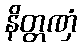
နိတ္တဏှံ